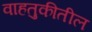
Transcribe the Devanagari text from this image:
वाहतुकीतील